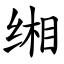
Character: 缃